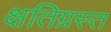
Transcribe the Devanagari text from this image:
क्षतिग्रस्‍त